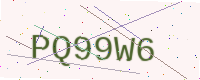
Text: PQ99W6